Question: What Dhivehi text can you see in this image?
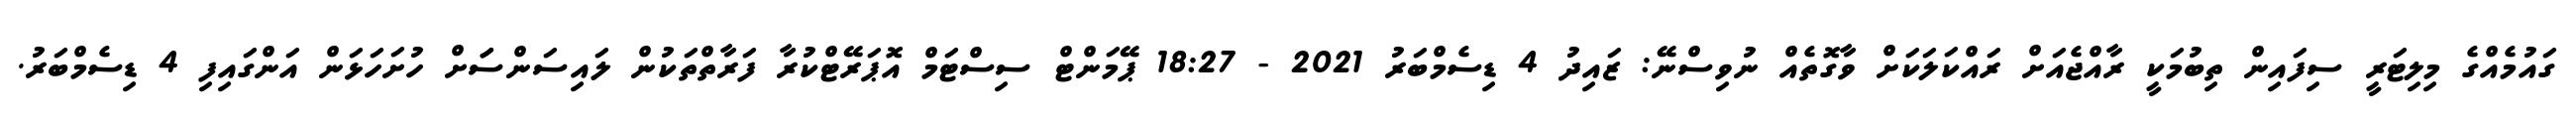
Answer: ގައުމެއްގެ މިލިޓަރީ ސިފައިން ތިބުމަކީ ރާއްޖެއަށް ރައްކަލަކަށް ވާގޮތެއް ނުވިސްނޭ: ޒައިދު 4 ޑިސެމްބަރު 2021 - 18:27 ޕޭމަންޓް ސިސްޓަމް އޮޕަރޭޓްކުރާ ފަރާތްތަކުން ލައިސަންސަަށް ހުށަހަޅަން އަންގައިފި 4 ޑިސެމްބަރު.